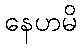
နေဟမိ